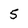
Character: 5